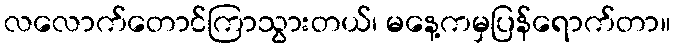
လလောက်တောင်ကြာသွားတယ်၊ မနေ့ကမှပြန်ရောက်တာ။